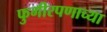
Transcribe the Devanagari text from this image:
फुगीरपणाच्या